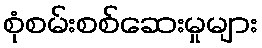
စုံစမ်းစစ်ဆေးမှုများ